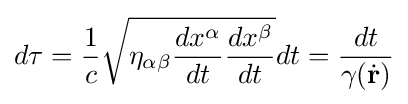
d\tau ={\frac {1}{c}}{\sqrt {\eta _{\alpha \beta }{\frac {dx^{\alpha }}{dt}}{\frac {dx^{\beta }}{dt}}}}dt={\frac {dt}{\gamma ({\dot {\mathbf {r} }})}}